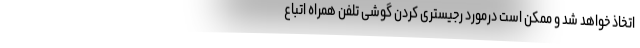
اتخاذ خواهد شد و ممکن است درمورد رجیستری کردن گوشی تلفن همراه اتباع